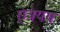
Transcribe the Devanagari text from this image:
ऐत्रेयय